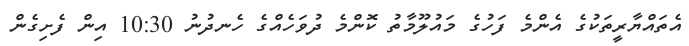
އެތައްޔާރީތަކުގެ އެންމެ ފަހުގެ މައުލޫމާތު ކޮންމެ ދުވަހެއްގެ ހެނދުނު 10:30 އިން ފެށިގެން